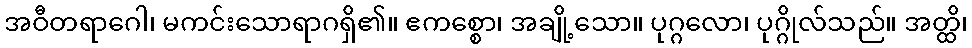
အဝီတရာဂေါ၊ မကင်းသောရာဂရှိ၏။ ဧကစ္စော၊ အချို့သော။ ပုဂ္ဂလော၊ ပုဂ္ဂိုလ်သည်။ အတ္ထိ၊